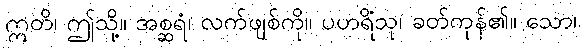
ဣတိ၊ ဤသို့။ အစ္ဆရံ၊ လက်ဖျစ်ကို။ ပဟရိံသု၊ ခတ်ကုန်၏။ သော၊